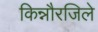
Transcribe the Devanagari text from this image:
किन्नौरजिले